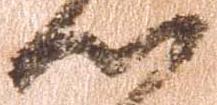
心